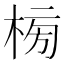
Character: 㮄